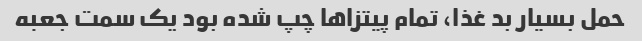
حمل بسیار بد غذا، تمام پیتزاها چپ شده بود یک سمت جعبه